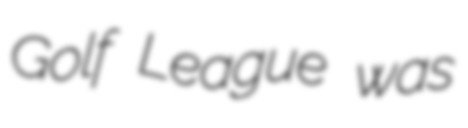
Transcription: Golf League was